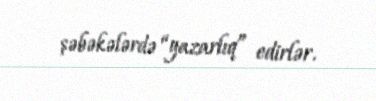
şəbəkələrdə “yazarlıq” edirlər.